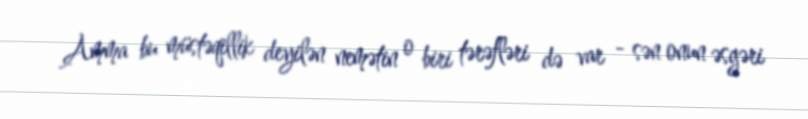
Amma bu müstəqillik deyilən nemətin o biri tərəfləri də var - sən onun əsgəri